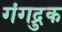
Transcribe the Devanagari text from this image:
गंगद्रुक